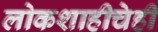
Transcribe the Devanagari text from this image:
लोकशाहीचेही